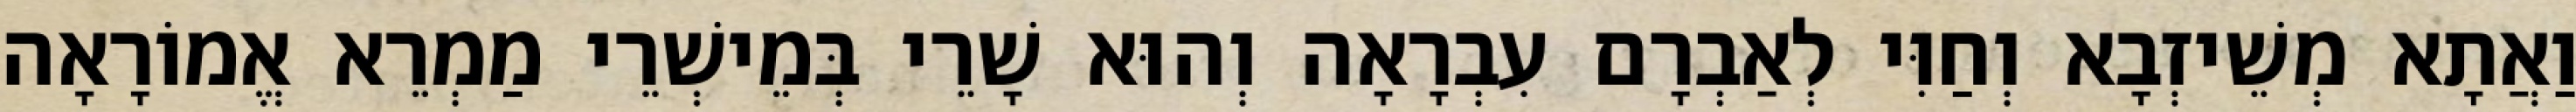
וַאֲתָא מְשֵׁיזְבָא וְחַוִּי לְאַבְרָם עִבְרָאָה וְהוּא שָׁרֵי בְּמֵישְׁרֵי מַמְרֵא אֱמוֹרָאָה